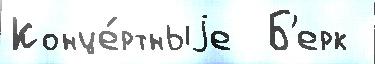
Конце́ртныjе  Б'ерк